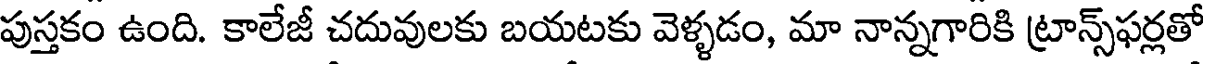
పుస్తకం ఉంది. కాలేజీ చదువులకు బయటకు వెళ్ళడం, మా నాన్నగారికి ట్రాన్స్ఫర్లతో